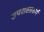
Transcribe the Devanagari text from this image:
उपशस्त्रकर्म